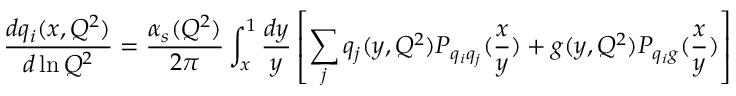
\frac { d q _ { i } ( x , Q ^ { 2 } ) } { d \ln Q ^ { 2 } } = \frac { \alpha _ { s } ( Q ^ { 2 } ) } { 2 \pi } \int _ { x } ^ { 1 } \frac { d y } { y } \left[ \sum _ { j } q _ { j } ( y , Q ^ { 2 } ) P _ { q _ { i } q _ { j } } ( \frac { x } { y } ) + g ( y , Q ^ { 2 } ) P _ { q _ { i } g } ( \frac { x } { y } ) \right]